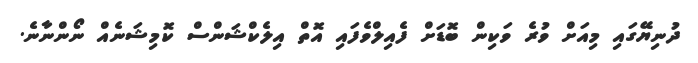
ދުނިޔޭގައި މިއަށް ވުރެ ވަކިން ބޮޑަށް ފެއިލްވެފައި އޮތް އިލެކްޝަންސް ކޮމިޝަނެއް ނޯންނާނެ.